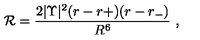
{ \cal R } = \frac { 2 | \Upsilon | ^ { 2 } ( r - r + ) ( r - r _ { - } ) } { R ^ { 6 } } \ ,